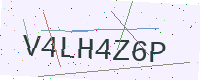
Text: V4LH4Z6P